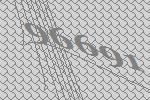
96691